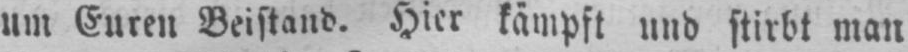
um Euren Beistand. Hier kämpft und stirbt man